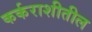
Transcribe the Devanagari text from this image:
कर्कराशीतील